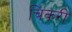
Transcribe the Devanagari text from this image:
चिकरी